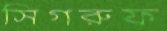
সিগরুফ